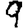
Digit: 9